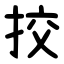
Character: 挍